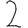
Digit: 2